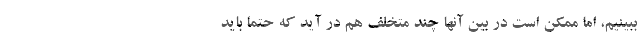
ببینیم، اما ممکن است در بین آنها چند متخلف هم در آید که حتما باید